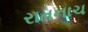
રાતનાચ